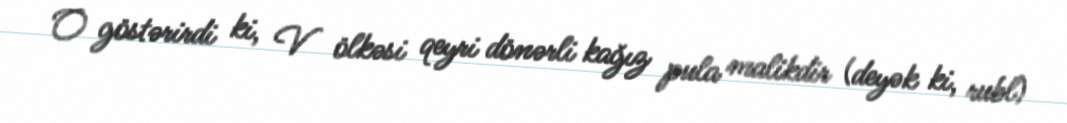
O göstərirdi ki, V ölkəsi qeyri dönərli kağız pula malikdir (deyək ki, rubl)